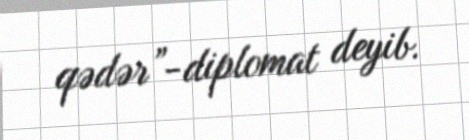
qədər”-diplomat deyib.